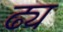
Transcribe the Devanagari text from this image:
ढ्य